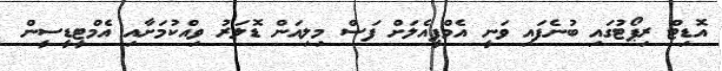
އޮޑިޓް ރިޕޯޓުގައި ބުނެފައި ވަނީ އެމްޕީއެލަށް ފަސް މިލިއަން ޑޮލަރު ވިއްކުމަށާއި އެމްޓީޑީސީން